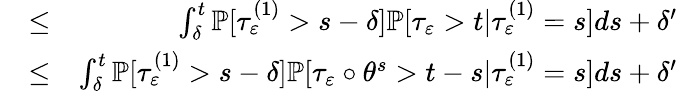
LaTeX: \begin{array}{rlr}&{\le}&{\int_{\delta}^{t}\mathbb{P}[\tau_{\varepsilon}^{(1)}>{s-\delta}]\mathbb{P}[\tau_{\varepsilon}>t|\tau_{\varepsilon}^{(1)}=s]ds+\delta^{\prime}}\\ &{\le}&{\int_{\delta}^{t}\mathbb{P}[\tau_{\varepsilon}^{(1)}>{s-\delta}]\mathbb{P}[\tau_{\varepsilon}\circ\theta^{s}>t-s|\tau_{\varepsilon}^{(1)}=s]ds+\delta^{\prime}}\end{array}